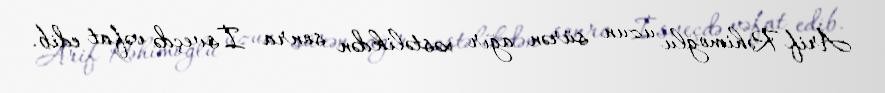
Arif Rəhimoğlu uzun sürən ağır xəstəlikdən sonra İsveçdə vəfat edib.